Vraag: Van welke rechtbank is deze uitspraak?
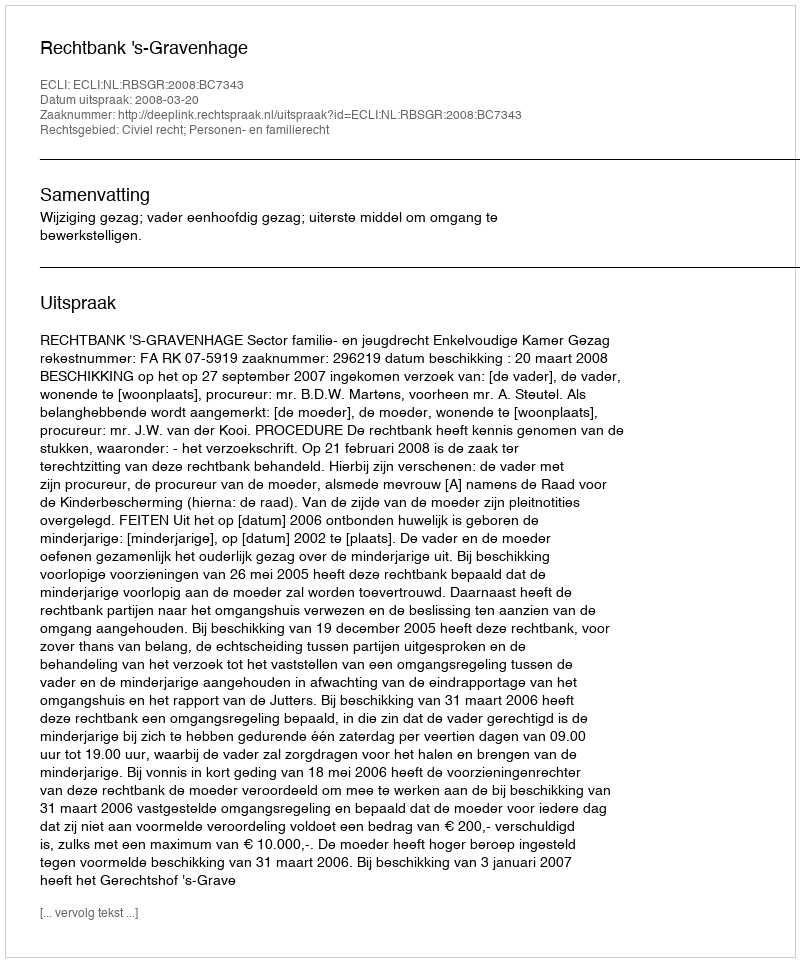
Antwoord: Rechtbank 's-Gravenhage